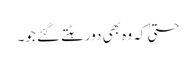
حتیٰ کہ وہ بھی دورہٹتے گئے جو۔